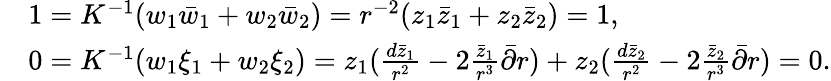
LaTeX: \begin{array}{rl}&{1=K^{-1}(w_{1}\bar{w}_{1}+w_{2}\bar{w}_{2})=r^{-2}(z_{1}\bar{z}_{1}+z_{2}\bar{z}_{2})=1,}\\ &{0=K^{-1}(w_{1}\xi_{1}+w_{2}\xi_{2})=z_{1}(\frac{d\bar{z}_{1}}{r^{2}}-2\frac{\bar{z}_{1}}{r^{3}}\bar{\partial}r)+z_{2}(\frac{d\bar{z}_{2}}{r^{2}}-2\frac{\bar{z}_{2}}{r^{3}}\bar{\partial}r)=0.}\end{array}